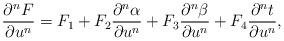
LaTeX: \begin{align*} \frac{\partial^nF}{\partial u^n}=F_1+F_2\frac{\partial^n\alpha}{\partial u^n}+F_3\frac{\partial^n\beta}{\partial u^n}+F_4\frac{\partial^nt}{\partial u^n},\end{align*}